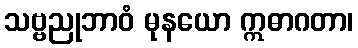
သဗ္ဗညုဘာဝံ မုနယော ဣဓာဂတာ၊